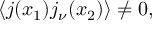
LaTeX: \langle j ( x _ { 1 } ) j _ { \nu } ( x _ { 2 } ) \rangle \ne 0 ,